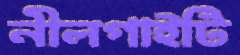
নীলগাইটি